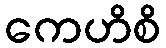
ကေဟိစိ